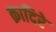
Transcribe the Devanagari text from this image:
क़ादिरे